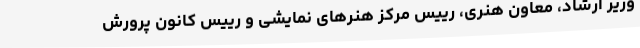
وزیر ارشاد، معاون هنری، رییس مرکز هنرهای نمایشی و رییس کانون پرورش